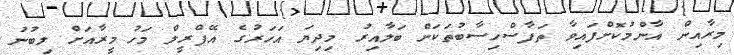
މިރާއިން އާންމުކޮށްފައިވާ ތަފާސްހިސާބުތަކަށް ބަލާއިރު މިދިޔަ އަހަރުގެ އޭޕްރީލް މަހު މީރާއަށް ލިބުނު